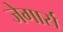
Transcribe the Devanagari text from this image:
जेगार्स